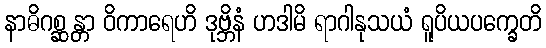
နာဓိဂစ္ဆန္တာ ဝိကာရေဟိ ဒုဗ္ဘိနံ ဟဒါမိ ရာဂါနုသယံ ရူပိယပက္ခေတိ